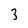
Character: 3